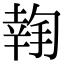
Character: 𢱬